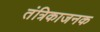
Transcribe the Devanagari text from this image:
तंत्रिकाजनक